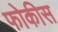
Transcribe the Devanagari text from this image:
फोकीस